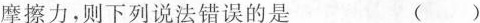
摩擦力，则下列说法错误的是 （）